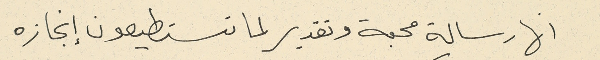
انها رسالة محبة وتقدير لما تستطيعون إنجازه